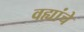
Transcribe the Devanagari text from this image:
वह्यांचे